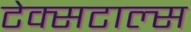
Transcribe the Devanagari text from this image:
टेक्सटाल्स